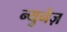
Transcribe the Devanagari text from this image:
न्युनेज़